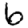
Digit: 6